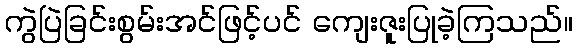
ကွဲပြဲခြင်းစွမ်းအင်ဖြင့်ပင် ကျေးဇူးပြုခဲ့ကြသည်။